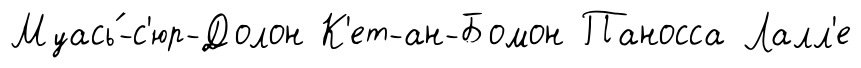
Муась́-с'юр-Долон К'ет-ан-Бомон Паносса Лалл'е